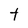
Character: t